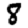
Digit: 8